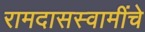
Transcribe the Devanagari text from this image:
रामदासस्वामींचे